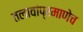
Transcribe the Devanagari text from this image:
तलावांप्रमाणेच